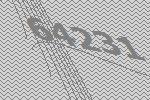
64231